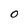
Character: O